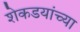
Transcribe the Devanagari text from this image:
शेकडयांच्या